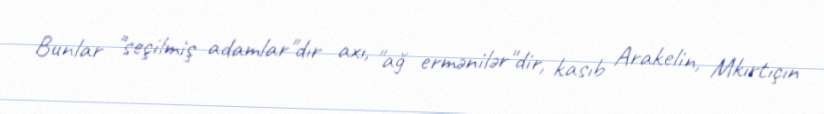
Bunlar "seçilmiş adamlar"dır axı, "ağ ermənilər"dir, kasıb Arakelin, Mkırtıçın